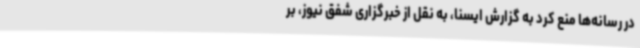
در رسانه‌ها منع کرد به گزارش ایسنا، به نقل از خبرگزاری شفق نیوز، بر